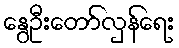
နွေဦးတော်လှန်ရေး